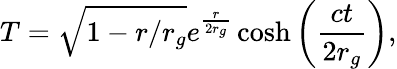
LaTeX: T=\sqrt{1-r/r_{g}}e^{\frac{r}{2r_{g}}}\cosh\left(\frac{ct}{2r_{g}}\right),